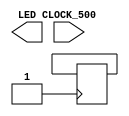
module piscar_led_visivel (
    input CLOCK_500,
    output [2:0]LED
  );

  reg [28:0] contador = 0;
  reg status = 0;
	
	assign LEDG[0] = 0;
  assign LED[1] = 1;
  assign LED[2] = status;

  always @ (posedge CLOCK_50)
    begin
      if(contador == 5000000000)
		begin
			contador = 0;
				status <= ~status;
		end
		else
		begin
			contador <= contador + 1;
		end
    end
endmodule